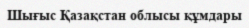
Шығыс Қазақстан облысы құмдары